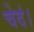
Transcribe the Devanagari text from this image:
चेदं।